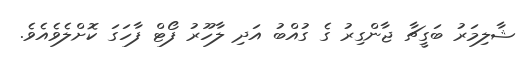
ޝާލިމަރު ބަގީޗާ ޖާންގިރު ގެ ގުއްބު އަދި ލާހޫރު ފޯޓް ފާހަގަ ކޮށްލެވެއެވެ.